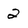
Character: 2